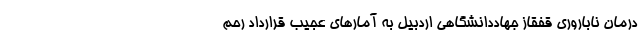
درمان ناباروری قفقاز جهاددانشگاهی اردبیل به آمارهای عجیب قرارداد رحم